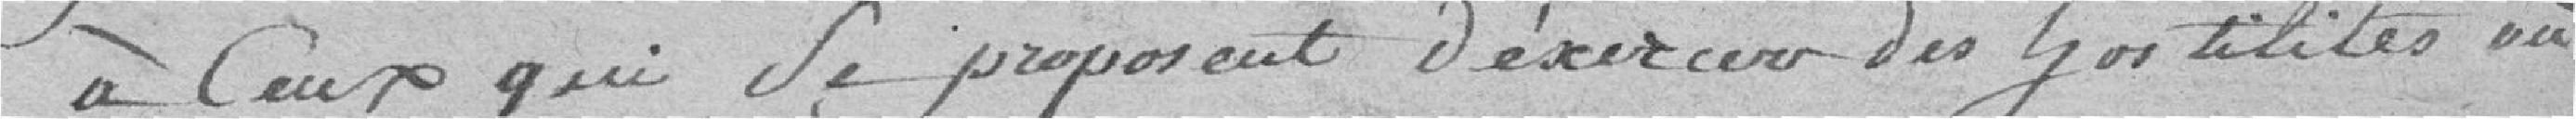
à ceux qui se proposent d'exercer des hostilités ou